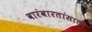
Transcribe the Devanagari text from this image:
वारंवारतांसाठी